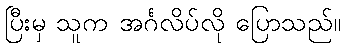
ပြီးမှ သူက အင်္ဂလိပ်လို ပြောသည်။